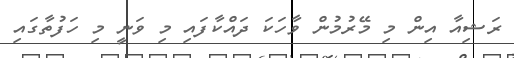
ރަޝިއާ އިން މި މޭރުމުން ވާހަކަ ދައްކާފައި މި ވަނީ މި ހަފުތާގައި